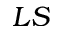
L S